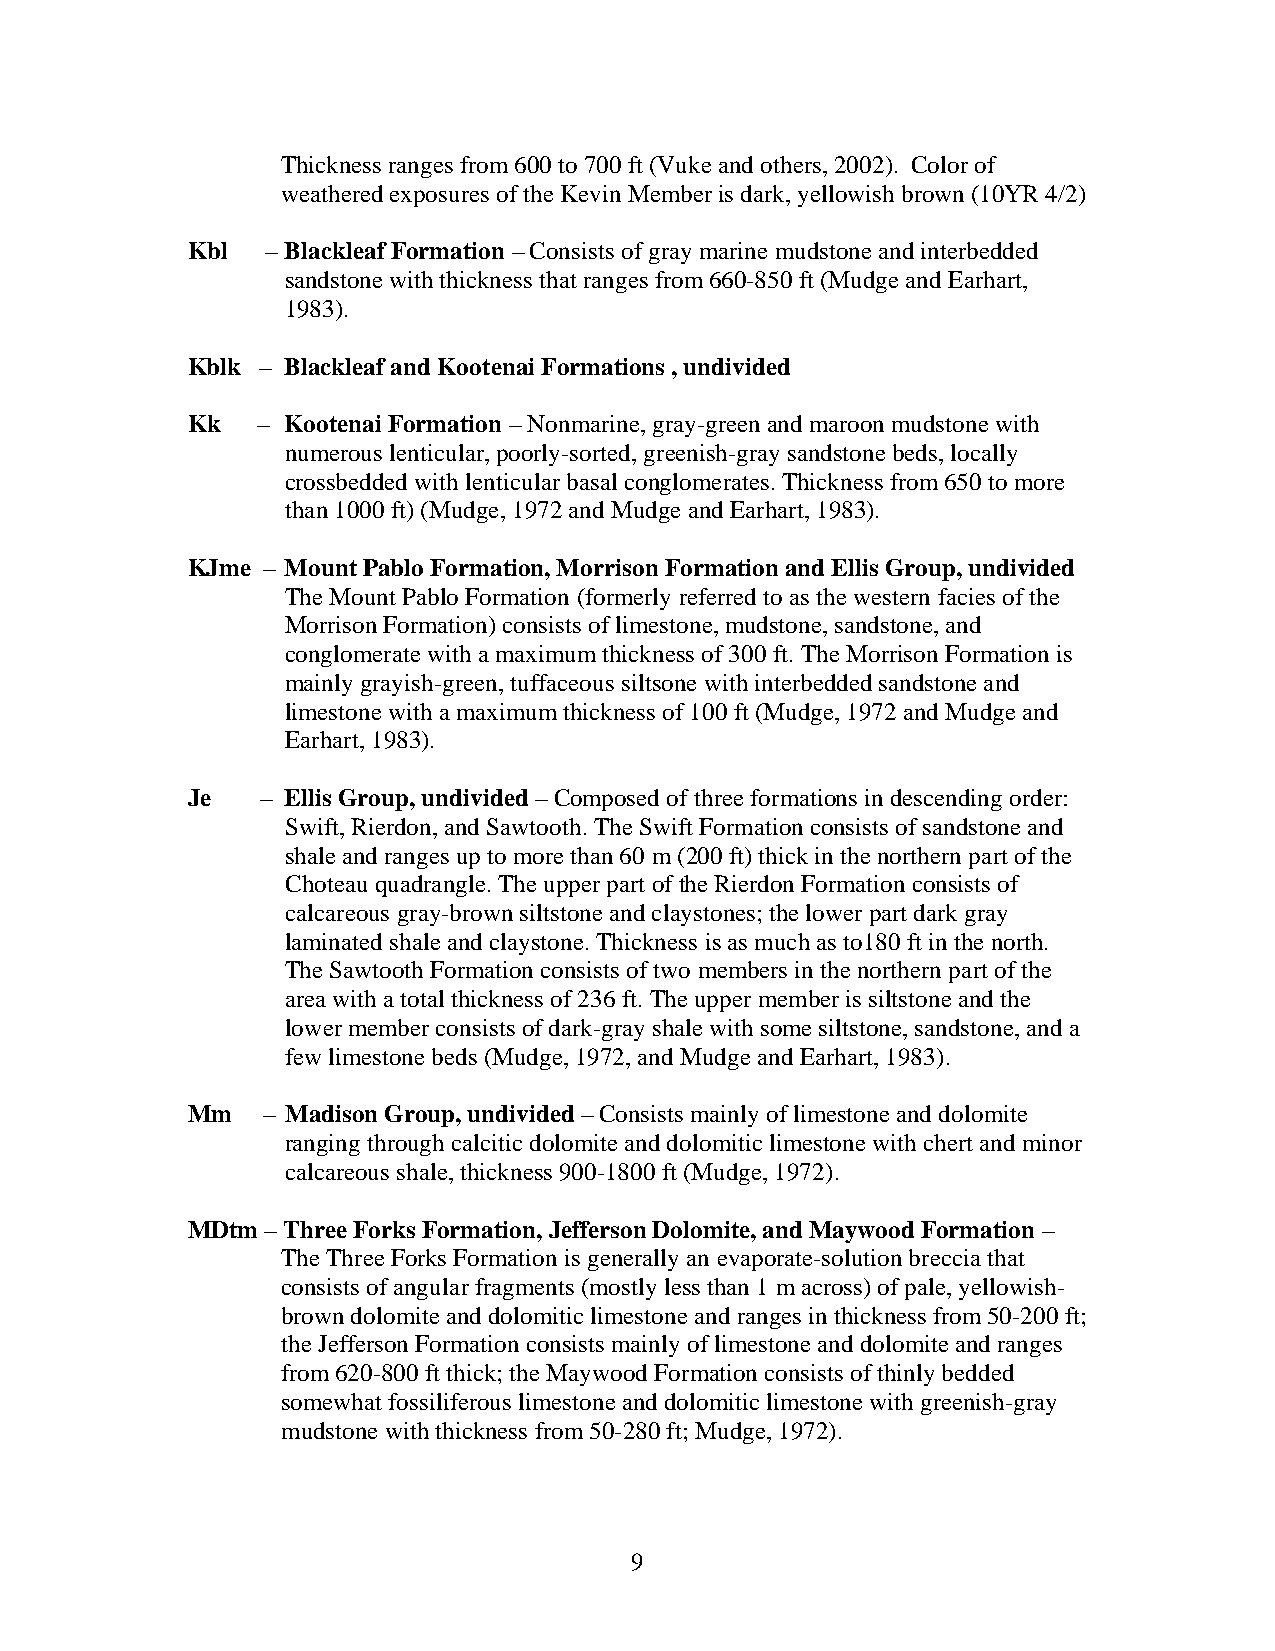
Thickness ranges from 600 to 700 ft (Vuke and others, 2002). Color of
 weathered exposures of the Kevin Member is dark, yellowish brown (10YR 4/2)
 Kbl   – Blackleaf Formation – Consists of gray marine mudstone and interbedded
 sandstone with thickness that ranges from 660-850 ft (Mudge and Earhart,
 1983).
 Kblk – Blackleaf and Kootenai Formations , undivided
 Kk   – Kootenai Formation – Nonmarine, gray-green and maroon mudstone with
 numerous lenticular, poorly-sorted, greenish-gray sandstone beds, locally
 crossbedded with lenticular basal conglomerates. Thickness from 650 to more
 than 1000 ft) (Mudge, 1972 and Mudge and Earhart, 1983).
 KJme – Mount Pablo Formation, Morrison Formation and Ellis Group, undivided
 The Mount Pablo Formation (formerly referred to as the western facies of the
 Morrison Formation) consists of limestone, mudstone, sandstone, and
 conglomerate with a maximum thickness of 300 ft. The Morrison Formation is
 mainly grayish-green, tuffaceous siltsone with interbedded sandstone and
 limestone with a maximum thickness of 100 ft (Mudge, 1972 and Mudge and
 Earhart, 1983).
 Je   – Ellis Group, undivided – Composed of three formations in descending order:
 Swift, Rierdon, and Sawtooth. The Swift Formation consists of sandstone and
 shale and ranges up to more than 60 m (200 ft) thick in the northern part of the
 Choteau quadrangle. The upper part of the Rierdon Formation consists of
 calcareous gray-brown siltstone and claystones; the lower part dark gray
 laminated shale and claystone. Thickness is as much as to180 ft in the north.
 The Sawtooth Formation consists of two members in the northern part of the
 area with a total thickness of 236 ft. The upper member is siltstone and the
 lower member consists of dark-gray shale with some siltstone, sandstone, and a
 few limestone beds (Mudge, 1972, and Mudge and Earhart, 1983).
 Mm   – Madison Group, undivided – Consists mainly of limestone and dolomite
 ranging through calcitic dolomite and dolomitic limestone with chert and minor
 calcareous shale, thickness 900-1800 ft (Mudge, 1972).
 MDtm  – Three Forks Formation, Jefferson Dolomite, and Maywood Formation –
 The Three Forks Formation is generally an evaporate-solution breccia that
 consists of angular fragments (mostly less than 1 m across) of pale, yellowish-
 brown dolomite and dolomitic limestone and ranges in thickness from 50-200 ft;
 the Jefferson Formation consists mainly of limestone and dolomite and ranges
 from 620-800 ft thick; the Maywood Formation consists of thinly bedded
 somewhat fossiliferous limestone and dolomitic limestone with greenish-gray
 mudstone with thickness from 50-280 ft; Mudge, 1972).
 9